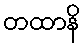
တထာနိ